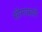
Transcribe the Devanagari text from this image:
सीमाप्रहरी